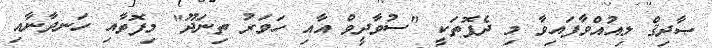
ޞާދިޤް ލިއުއްވާފައިވާ މި ދެފޮތަކީ "ސުވާދީވް އާއި ހަވަރު ތިނަދޫ" މިފޮތާއި ހަނދާނާއި